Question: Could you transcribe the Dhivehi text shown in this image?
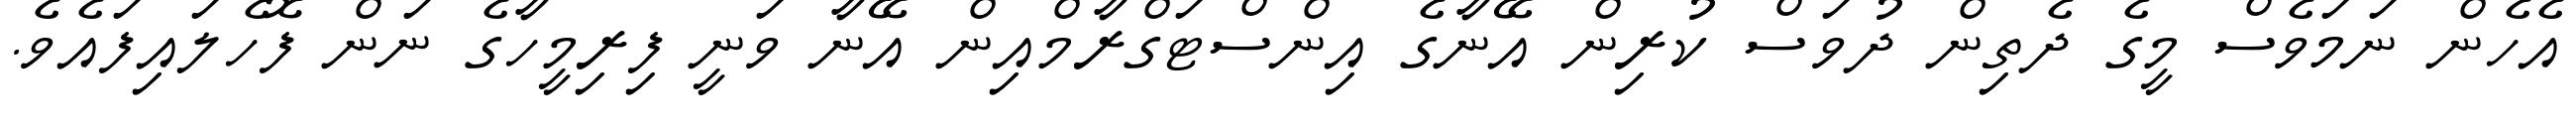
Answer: އެހެން ނަމަވެސް މީގެ ދެތިން ދުވަސް ކުރިން އޭނާގެ އިންސްޓަގްރާމްއިން އޭނާ ވަނީ ފިރިމީހާގެ ނަން ފޮހެލައިފައެވެ.